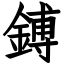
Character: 鎛